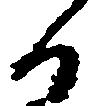
る